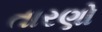
તારણો